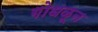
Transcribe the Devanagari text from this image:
गोधळून